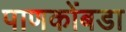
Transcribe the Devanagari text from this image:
पाणकोंबडा